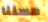
حسننا